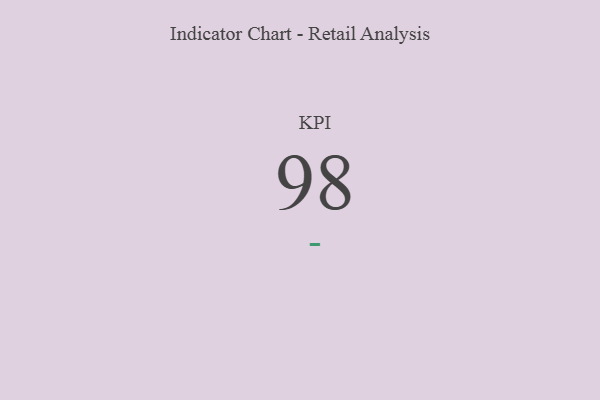
{"axis": {"x": "KPI", "y": "Value"}, "legend": [""], "data": [{"x": "KPI", "y": 98, "type": ""}]}